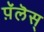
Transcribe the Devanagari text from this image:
प़ॅलॆस्